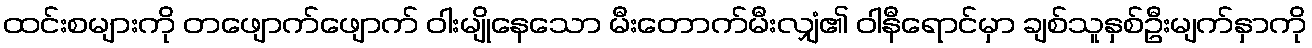
ထင်းစများကို တဖျောက်ဖျောက် ဝါးမျိုနေသော မီးတောက်မီးလျှံ၏ ဝါနီရောင်မှာ ချစ်သူနှစ်ဦးမျက်နှာကို